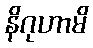
နိဂုဟာမိ